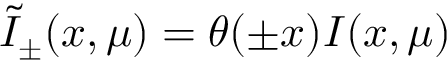
\widetilde I _ { \pm } ( x , \mu ) = \theta ( \pm x ) I ( x , \mu )